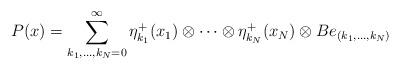
LaTeX: \begin{align*}P(x)=\sum_{k_1,...,k_N=0}^\infty \eta_{k_1}^+(x_1)\otimes\cdots\otimes\eta_{k_N}^+(x_N)\otimes Be_{(k_1,...,k_N)}\end{align*}